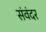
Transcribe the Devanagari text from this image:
संवंदर